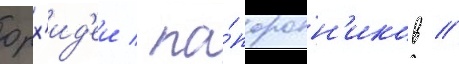
орх'ид'еи / па́поротн'иков //